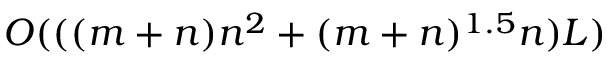
{ O } ( ( ( m + n ) n ^ { 2 } + ( m + n ) ^ { 1 . 5 } n ) L )